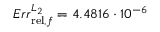
E r r _ { \mathrm { r e l } , f } ^ { L _ { 2 } } = 4 . 4 8 1 6 \cdot 1 0 ^ { - 6 }